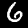
Label: 6